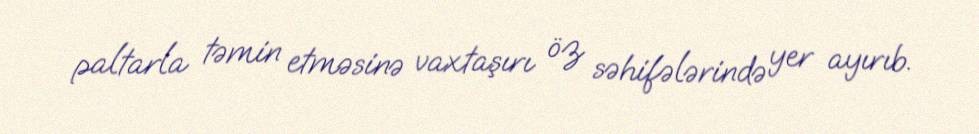
paltarla təmin etməsinə vaxtaşırı öz səhifələrində yer ayırıb.